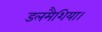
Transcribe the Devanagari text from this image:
डलमैशिया।